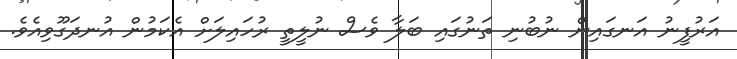
އަރުފީނު އަނގައިން ނުބުނި ތަނުގައި ބަލާ ވެސް ނުލީތީ ރުހައިލަށް އެކަމުން އުނދަގޫވިއެވެ.